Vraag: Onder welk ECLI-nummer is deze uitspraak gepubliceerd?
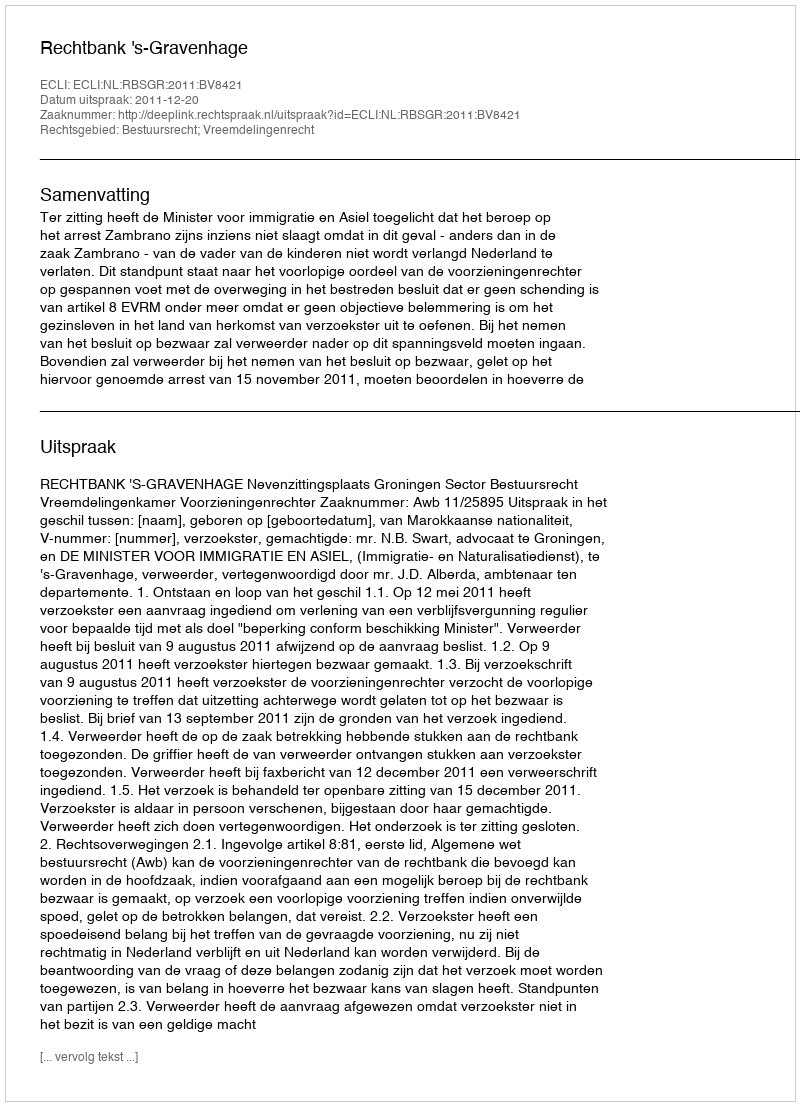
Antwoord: ECLI:NL:RBSGR:2011:BV8421